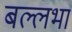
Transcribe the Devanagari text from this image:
बल्लभा